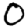
Digit: 0